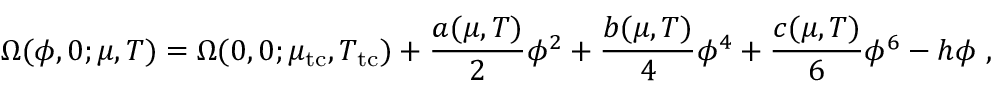
\Omega ( \phi , 0 ; \mu , T ) = \Omega ( 0 , 0 ; \mu _ { \mathrm { t c } } , T _ { \mathrm { t c } } ) + \frac { a ( \mu , T ) } { 2 } \phi ^ { 2 } + \frac { b ( \mu , T ) } { 4 } \phi ^ { 4 } + \frac { c ( \mu , T ) } { 6 } \phi ^ { 6 } - h \phi \ ,